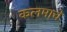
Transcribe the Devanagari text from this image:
कलमाचे